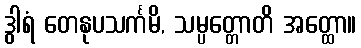
ဒွါရံ တေနုပသင်္ကမိ, သမ္ပတ္တောတိ အတ္ထော။